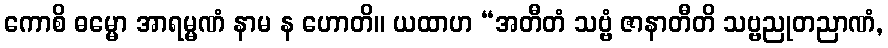
ကောစိ ဓမ္မော အာရမ္မဏံ နာမ န ဟောတိ။ ယထာဟ “အတီတံ သဗ္ဗံ ဇာနာတီတိ သဗ္ဗညုတညာဏံ,